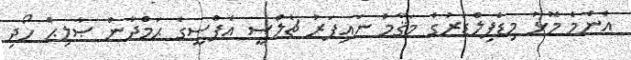
އެންމެ މޮޅު މިޑްފިލްޑަރުގެ މަޤާމް ނައިފަރު ޗެލްސީ އެފްސީގެ ޙަމްދާން ޞާލިޙް ހޯދި